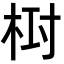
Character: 𣑓